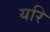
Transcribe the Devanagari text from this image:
यरि